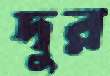
দুর